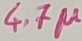
Text: 4.7µ